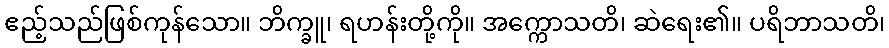
ဧည့်သည်ဖြစ်ကုန်သော။ ဘိက္ခူ၊ ရဟန်းတို့ကို။ အက္ကောသတိ၊ ဆဲရေး၏။ ပရိဘာသတိ၊